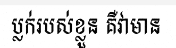
ប្លក់របស់ខ្លួន គឺវាមាន